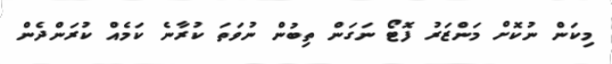
މިކަން ނުކޮށް މަންޒަރު ފޮޓޯ ނަގަން ތިބުން ނުވަތަ ކުރާނެ ކަމެއް ކުރަންދެން